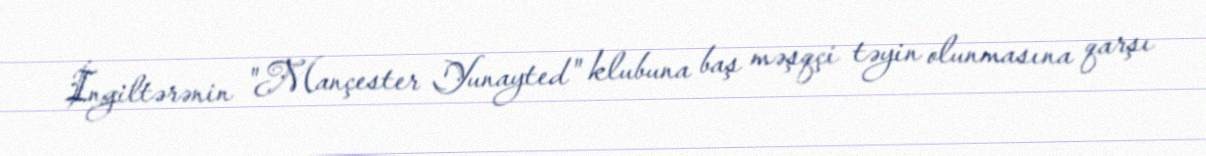
İngiltərənin "Mançester Yunayted" klubuna baş məşqçi təyin olunmasına qarşı